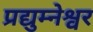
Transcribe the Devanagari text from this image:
प्रद्युम्नेश्वर